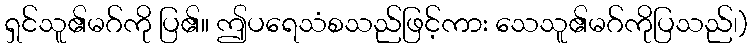
ရှင်သူ၏မဂ်ကို ပြ၏။ ဤပရေသံစသည်ဖြင့်ကား သေသူ၏မဂ်ကိုပြသည်၊)